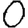
Digit: 0